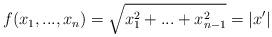
LaTeX: \begin{align*}f(x_1,...,x_n)=\sqrt{x_1^2+...+x_{n-1}^2}=|x'|\end{align*}